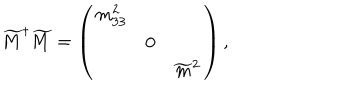
LaTeX: \widetilde { M } ^ { \dagger } \widetilde { M } = \left( \begin{array} { r c l } { { m _ { 3 3 } ^ { 2 } } } & { { } } & { { } } \\ { { } } & { { 0 } } & { { } } \\ { { } } & { { } } & { { \widetilde { m } ^ { 2 } } } \\ \end{array} \right) ,